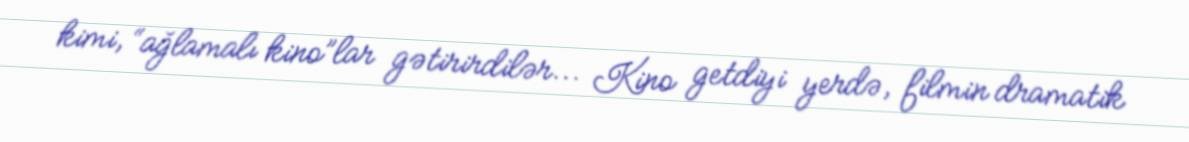
kimi, “ağlamalı kino”lar gətirirdilər... Kino getdiyi yerdə, filmin dramatik